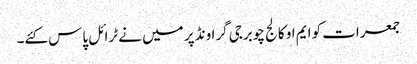
جمعرات کو ایم او کالج چوبرجی گراونڈ پر میں نے ٹرائل پاس کئے۔